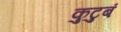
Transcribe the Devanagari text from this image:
कुटुबं